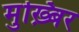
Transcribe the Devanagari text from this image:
मुख़्बिर